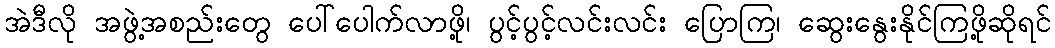
အဲဒီလို အဖွဲ့အစည်းတွေ ပေါ်ပေါက်လာဖို့၊ ပွင့်ပွင့်လင်းလင်း ပြောကြ၊ ဆွေးနွေးနိုင်ကြဖို့ဆိုရင်